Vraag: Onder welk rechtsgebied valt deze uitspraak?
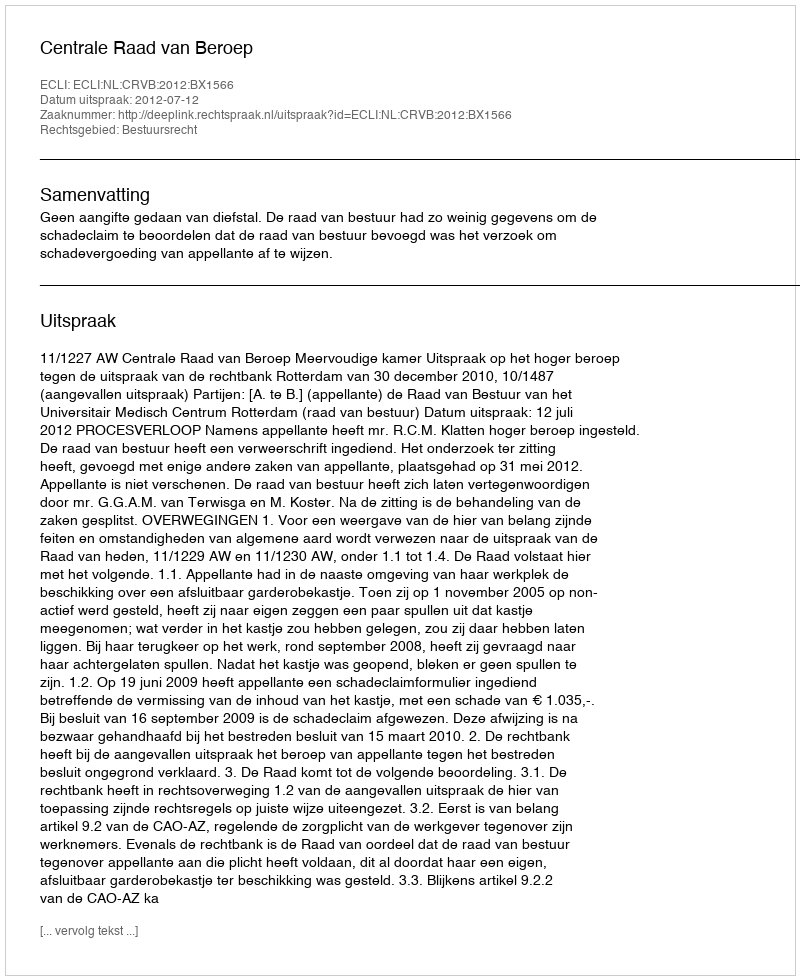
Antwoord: Bestuursrecht